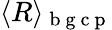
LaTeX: \langle R\rangle_{\mathrm{~b~g~c~p~}}